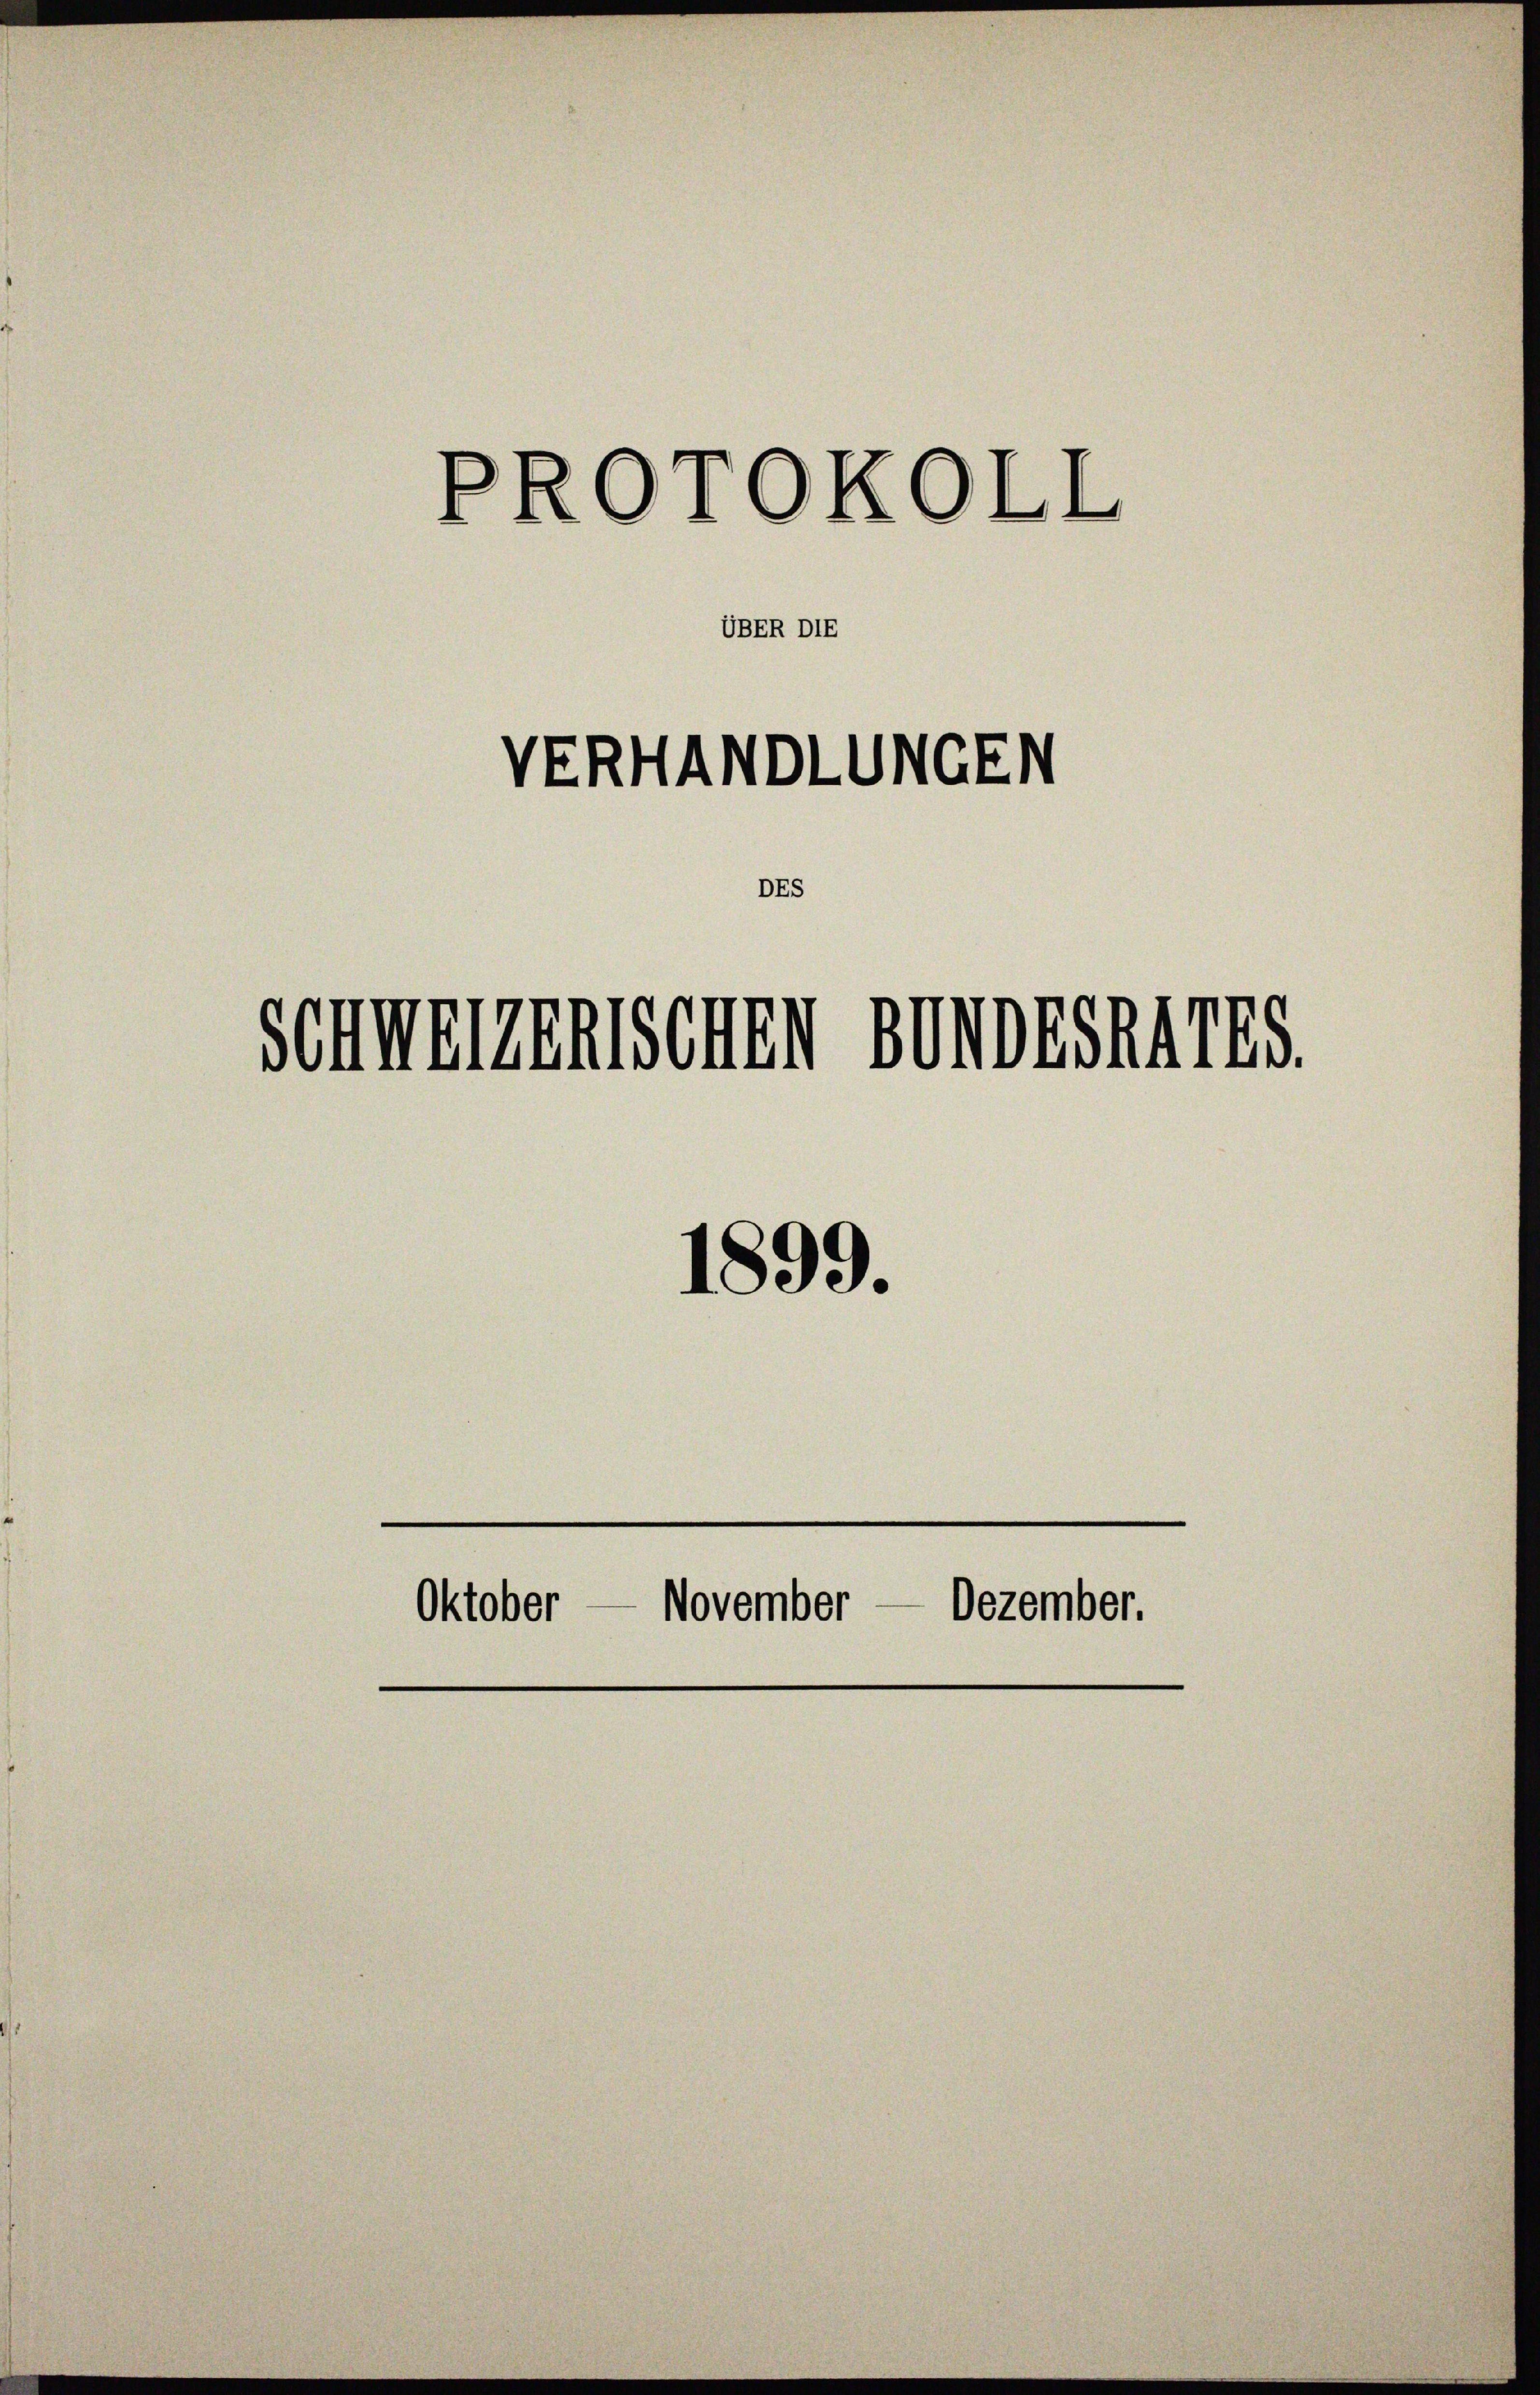
PROTOKOLL

DES

UBER DIE

VERHANDLUNGEN

Schwerenischen SSAALES.

1899.
Oktober — November — Dezember.